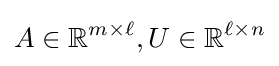
A\in \mathbb {R} ^{m\times \ell },U\in \mathbb {R} ^{\ell \times n}